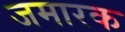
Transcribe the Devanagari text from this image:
जमारक